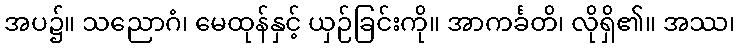
အပ၌။ သညောဂံ၊ မေထုန်နှင့် ယှဉ်ခြင်းကို။ အာကင်္ခတိ၊ လိုရှိ၏။ အဿ၊